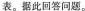
表。据此回答问题。